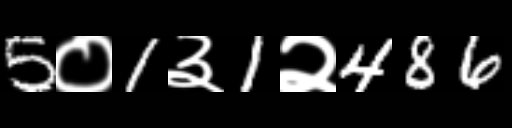
Text: 5०1३1२486